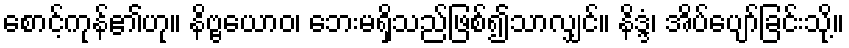
စောင့်ကုန်၏ဟု။ နိဗ္ဗယောဝ၊ ဘေးမရှိသည်ဖြစ်၍သာလျှင်။ နိဒ္ဒံ၊ အိပ်ပျော်ခြင်းသို့။